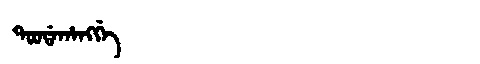
Manchu: ᡨᠣᠣᡩᠠᡥᠠᠩᡤᡝ
Romanization: TOODAHANGGE